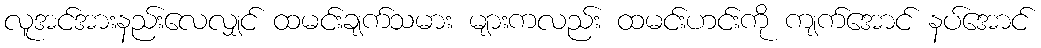
လူအင်အားနည်းလေလျှင် ထမင်းချက်သမား များကလည်း ထမင်းဟင်းကို ကျက်အောင် နပ်အောင်